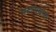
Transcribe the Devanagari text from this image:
मरुत्गणांना